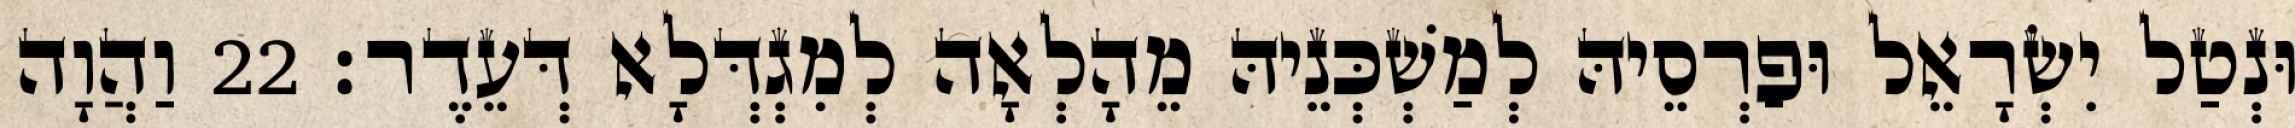
וּנְטַל יִשְׂרָאֵל וּפַרְסֵיהּ לְמַשְׁכְּנֵיהּ מֵהָלְאָה לְמִגְדְּלָא דְּעֵדֶר׃ 22 וַהֲוָה